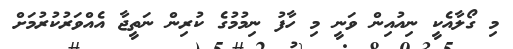
މި ގޯލާއެކީ ނިއުއިން ވަނީ މި ހާފު ނިމުމުގެ ކުރިން ނަތީޖާ އެއްވަރުކުރުމަށް